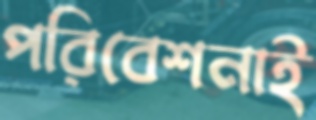
পরিবেশনাই